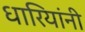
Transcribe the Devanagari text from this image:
धारियांनी